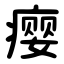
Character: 瘿